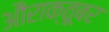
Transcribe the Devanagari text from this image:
औराक्तूबर